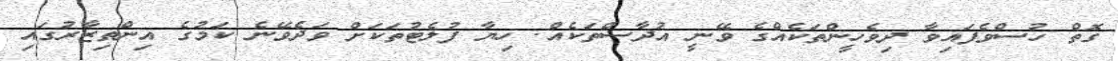
ގޮތް ހުސްވެފައިވާ ދިވެހީންތަކެއްގެ ވޭނީ އުދާސްތަކެއް. ހިޔާ ފުލެޓުތަކަށް ވަދެވޭނެ ކަމުގެ އިންތިޒާރުގައި